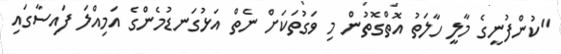
"ކުންފުނީގެ މާލީ ހާލަތު އޮތްގޮތުން މި ވަގުތަކަށް ނެތް އަޅުގަނޑުމެންގެ އަމިއްލަ ފައިސާގައި